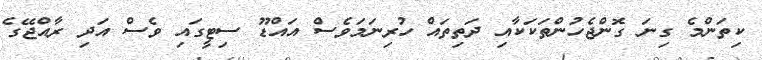
ކިތަންމެ ގިނަ ގޮންޖެހުންތަކަކާއި ދަތިތައް ހުރިނަމަވެސް އައްޑޫ ސިޓީގައި ވެސް އަދި ރާއްޖޭގެ